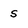
Character: S